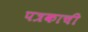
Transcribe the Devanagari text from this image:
पत्रकाची